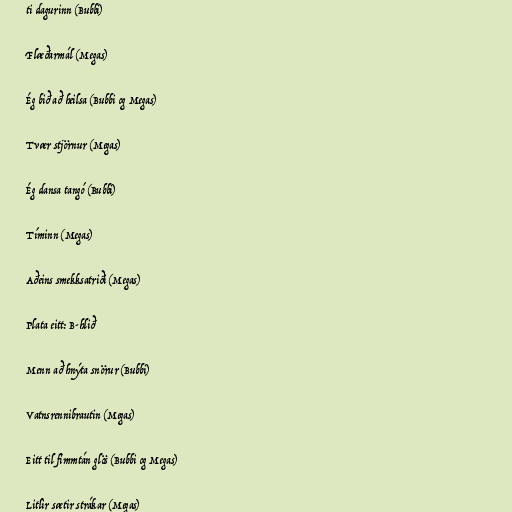
ti dagurinn (Bubbi)

Flæðarmál (Megas)

Ég bið að heilsa (Bubbi og Megas)

Tvær stjörnur (Megas)

Ég dansa tangó (Bubbi)

Tíminn (Megas)

Aðeins smekksatriði (Megas)

Plata eitt: B-hlið

Menn að hnýta snörur (Bubbi)

Vatnsrennibrautin (Megas)

Eitt til fimmtán glös (Bubbi og Megas)

Litlir sætir strákar (Megas)